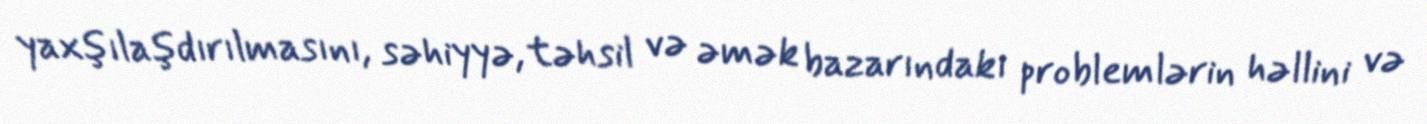
yaxşılaşdırılmasını, səhiyyə, təhsil və əmək bazarındakı problemlərin həllini və